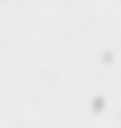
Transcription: Володимир Володимирович Постолатьєв;